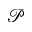
\mathcal { P }